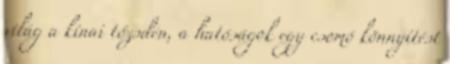
világ a kínai tőzsdén, a hatóságok egy csomó könnyítést